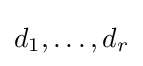
{d_{1},\dots ,d_{r}}